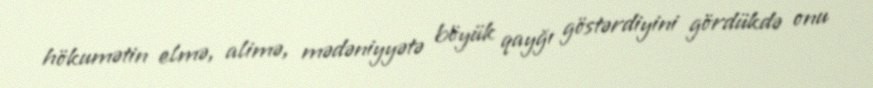
hökumətin elmə, alimə, mədəniyyətə böyük qayğı göstərdiyini gördükdə onu